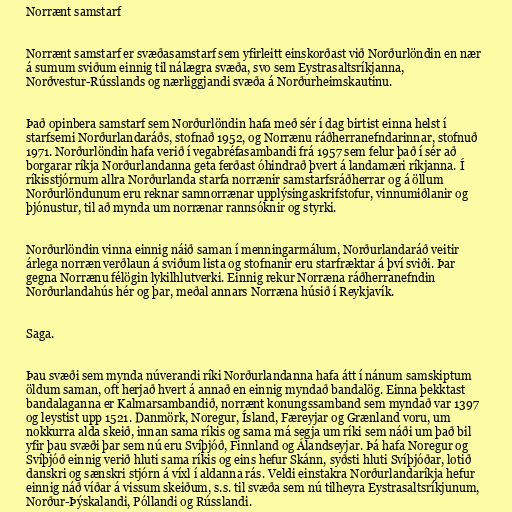
Norrænt samstarf

Norrænt samstarf er svæðasamstarf sem yfirleitt einskorðast við Norðurlöndin en nær
á sumum sviðum einnig til nálægra svæða, svo sem Eystrasaltsríkjanna,
Norðvestur-Rússlands og nærliggjandi svæða á Norðurheimskautinu.

Það opinbera samstarf sem Norðurlöndin hafa með sér í dag birtist einna helst í
starfsemi Norðurlandaráðs, stofnað 1952, og Norrænu ráðherranefndarinnar, stofnuð
1971. Norðurlöndin hafa verið í vegabréfasambandi frá 1957 sem felur það í sér að
borgarar ríkja Norðurlandanna geta ferðast óhindrað þvert á landamæri ríkjanna. Í
ríkisstjórnum allra Norðurlanda starfa norrænir samstarfsráðherrar og á öllum
Norðurlöndunum eru reknar samnorrænar upplýsingaskrifstofur, vinnumiðlanir og
þjónustur, til að mynda um norrænar rannsóknir og styrki.

Norðurlöndin vinna einnig náið saman í menningarmálum, Norðurlandaráð veitir
árlega norræn verðlaun á sviðum lista og stofnanir eru starfræktar á því sviði. Þar
gegna Norrænu félögin lykilhlutverki. Einnig rekur Norræna ráðherranefndin
Norðurlandahús hér og þar, meðal annars Norræna húsið í Reykjavík.

Saga.

Þau svæði sem mynda núverandi ríki Norðurlandanna hafa átt í nánum samskiptum
öldum saman, oft herjað hvert á annað en einnig myndað bandalög. Einna þekktast
bandalaganna er Kalmarsambandið, norrænt konungssamband sem myndað var 1397
og leystist upp 1521. Danmörk, Noregur, Ísland, Færeyjar og Grænland voru, um
nokkurra alda skeið, innan sama ríkis og sama má segja um ríki sem náði um það bil
yfir þau svæði þar sem nú eru Svíþjóð, Finnland og Álandseyjar. Þá hafa Noregur og
Svíþjóð einnig verið hluti sama ríkis og eins hefur Skánn, syðsti hluti Svíþjóðar, lotið
danskri og sænskri stjórn á víxl í aldanna rás. Veldi einstakra Norðurlandaríkja hefur
einnig náð víðar á vissum skeiðum, s.s. til svæða sem nú tilheyra Eystrasaltsríkjunum,
Norður-Þýskalandi, Póllandi og Rússlandi.